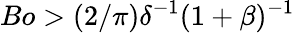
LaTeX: Bo>(2/\pi)\delta^{-1}(1+\beta)^{-1}